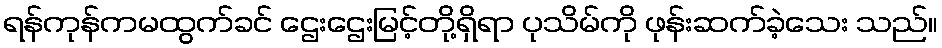
ရန်ကုန်ကမထွက်ခင် ဌေးဌေးမြင့်တို့ရှိရာ ပုသိမ်ကို ဖုန်းဆက်ခဲ့သေး သည်။